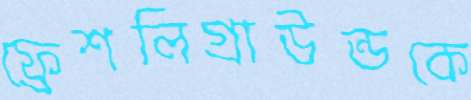
ফ্রেশলিগ্রাউন্ডকে